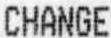
CHANGE